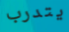
يتدرب